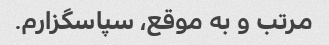
مرتب و به موقع، سپاسگزارم.